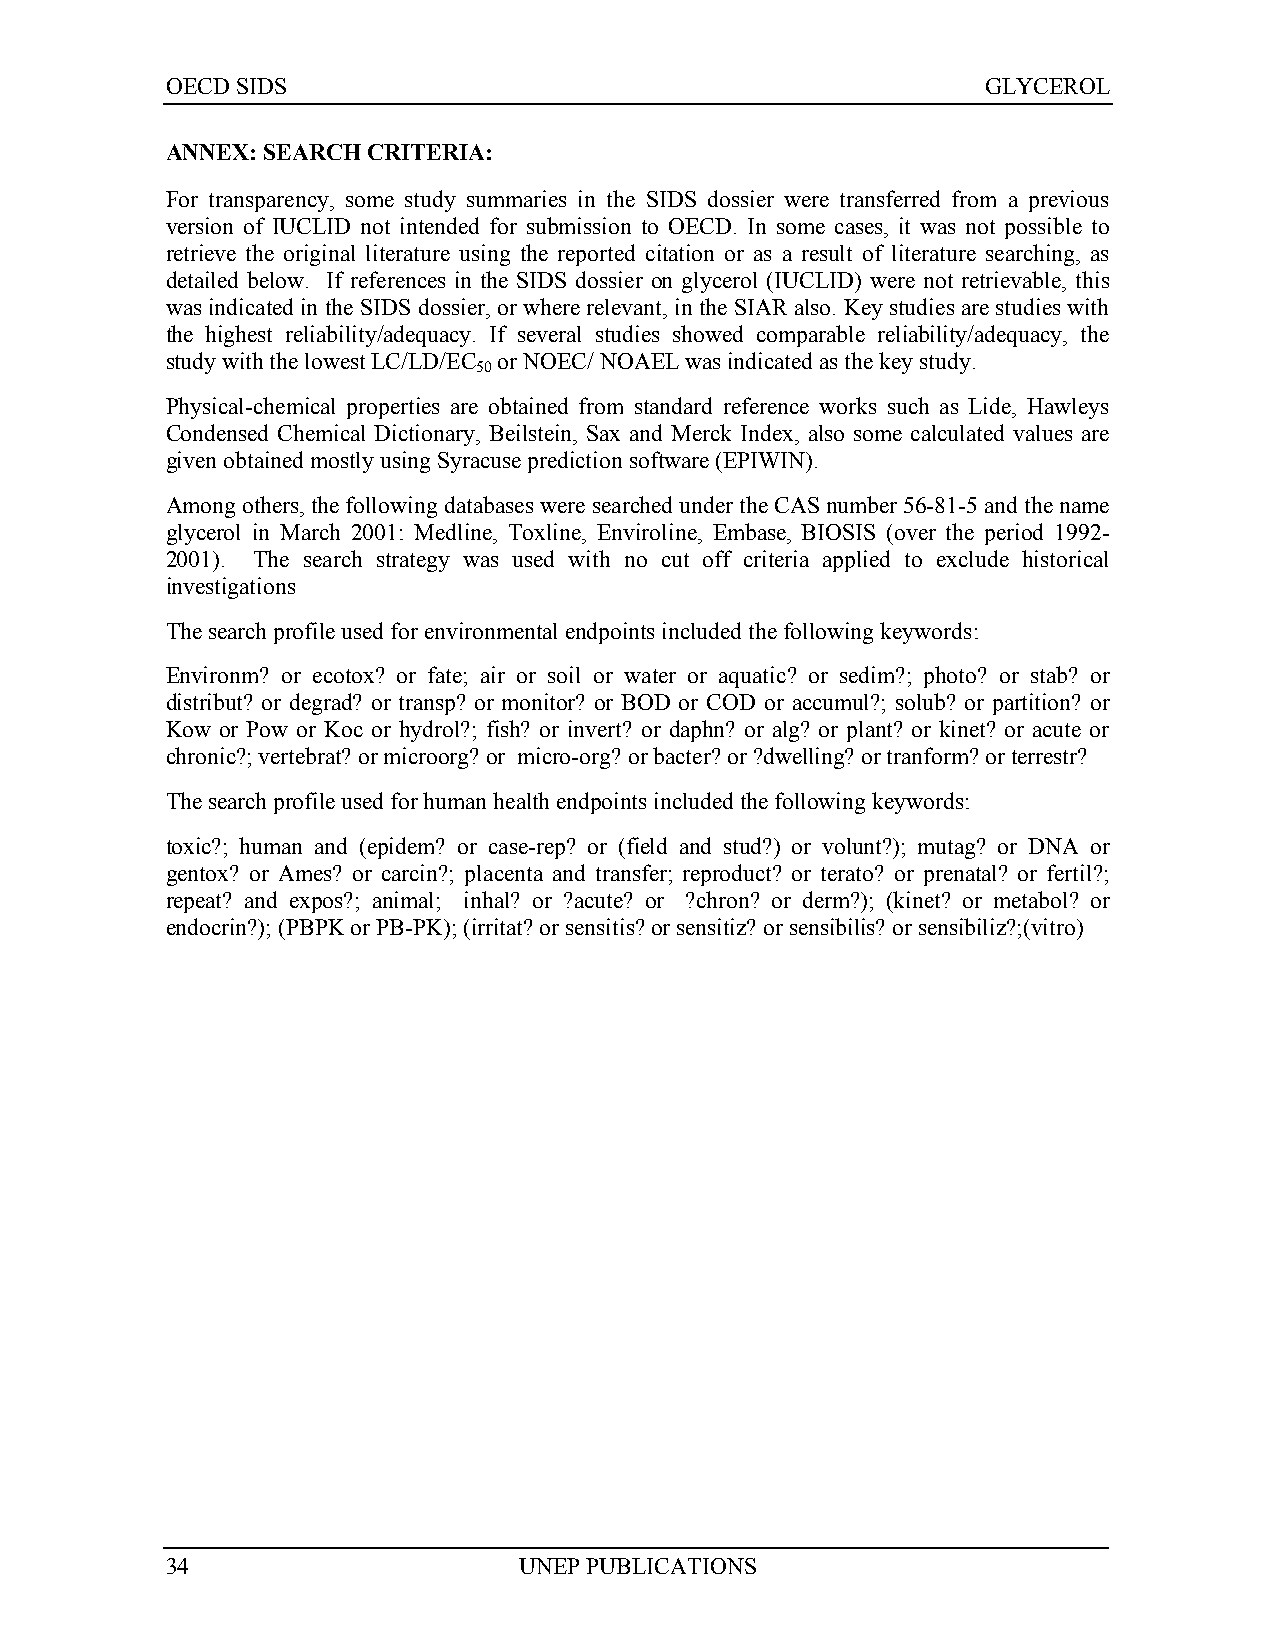
OECD SIDS                                             GLYCEROL
 ANNEX: SEARCH CRITERIA:
 For transparency, some study summaries in the SIDS dossier were transferred from a previous
 version of IUCLID not intended for submission to OECD. In some cases, it was not possible to
 retrieve the original literature using the reported citation or as a result of literature searching, as
 detailed below. If references in the SIDS dossier on glycerol (IUCLID) were not retrievable, this
 was indicated in the SIDS dossier, or where relevant, in the SIAR also. Key studies are studies with
 the highest reliability/adequacy. If several studies showed comparable reliability/adequacy, the
 study with the lowest LC/LD/EC or NOEC/ NOAEL was indicated as the key study.
 50
 Physical-chemical properties are obtained from standard reference works such as Lide, Hawleys
 Condensed Chemical Dictionary, Beilstein, Sax and Merck Index, also some calculated values are
 given obtained mostly using Syracuse prediction software (EPIWIN).
 Among others, the following databases were searched under the CAS number 56-81-5 and the name
 glycerol in March 2001: Medline, Toxline, Enviroline, Embase, BIOSIS (over the period 1992-
 2001). The search strategy was used with no cut off criteria applied to exclude historical
 investigations
 The search profile used for environmental endpoints included the following keywords:
 Environm? or ecotox? or fate; air or soil or water or aquatic? or sedim?; photo? or stab? or
 distribut? or degrad? or transp? or monitor? or BOD or COD or accumul?; solub? or partition? or
 Kow or Pow or Koc or hydrol?; fish? or invert? or daphn? or alg? or plant? or kinet? or acute or
 chronic?; vertebrat? or microorg? or micro-org? or bacter? or ?dwelling? or tranform? or terrestr?
 The search profile used for human health endpoints included the following keywords:
 toxic?; human and (epidem? or case-rep? or (field and stud?) or volunt?); mutag? or DNA or
 gentox? or Ames? or carcin?; placenta and transfer; reproduct? or terato? or prenatal? or fertil?;
 repeat? and expos?; animal; inhal? or ?acute? or ?chron? or derm?); (kinet? or metabol? or
 endocrin?); (PBPK or PB-PK); (irritat? or sensitis? or sensitiz? or sensibilis? or sensibiliz?;(vitro)
 34                     UNEP PUBLICATIONS